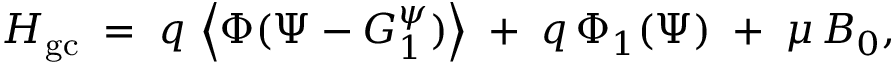
H _ { \mathrm { g c } } \; = \; q \, \left\langle \Phi ( \Psi - G _ { 1 } ^ { \psi } ) \right\rangle \; + \; q \, \Phi _ { 1 } ( \Psi ) \; + \; \mu \, B _ { 0 } ,